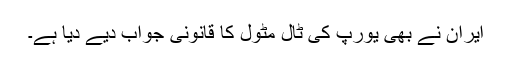
ایران نے بھی یورپ کی ٹال مٹول کا قانونی جواب دیے دیا ہے۔